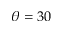
\theta = 3 0